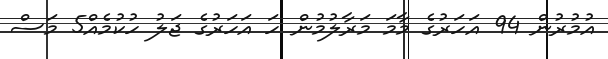
އުމުރުން 94 އަހަރުގެ މާމަ މަރާލުމުން ހަ އަހަރުގެ ޖަލު ހުކުމެއް5 މަސް